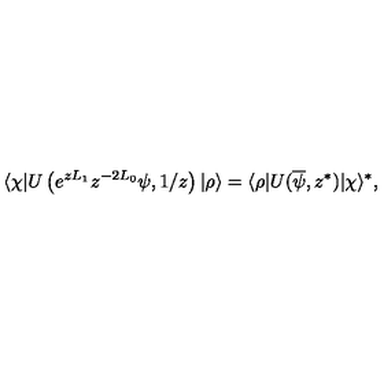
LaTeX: \langle \chi | U \left( e ^ { z L _ { 1 } } z ^ { - 2 L _ { 0 } } \psi , 1 / z \right) | \rho \rangle = \langle \rho | U ( \overline { \psi } , z ^ { \ast } ) | \chi \rangle ^ { \ast } ,